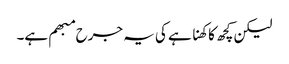
لیکن کچھ کا کھنا ہے کی یہ جرح مبھم ہے۔